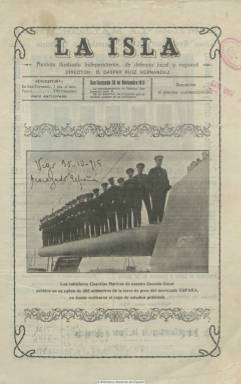
Título: Isla (San Fernando)
Colección: Revistas de información general
Ámbito geográfico: Cádiz
Lugar de publicación: San Fernando
Fechas: 30/11/1915-30/04/1917

El título corresponde a como es conocida coloquialmente esta población situada en la bahía de Cádiz, y que hasta 1813 se denominaba Isla de León, en cuyo Teatro Cómico se promulgó la primera Constitución española de 1812. Sus entregas son de doce páginas, incluidas cuatro de cubiertas, en donde inserta anuncios comerciales de la localidad.

La funda y dirige Gaspar Ruiz Hernández, colaborador de El diario de Cádiz y fundador de otros periódicos de San Fernando. Resaltan en sus páginas sus fotograbados: vistas y edificios de San Fernando y de algunas ciudades sudamericanas, así como retratos de jefes de la Marina española, a la que la localidad está estrechamente ligada por su Arsenal, Escuela Naval y otras dependencias militares, así como de autoridades civiles y eclesiásticas de la provincia gaditana. También inserta fotografías de navíos de la Armada y de los cuarteles de la localidad.

Es una revista “ilustrada independiente, de defensa local y regional”, tal como indica el subtítulo, que aparece el uno de septiembre de 1915, pero su característica es ser oficialista y laudatoria, tanto en lo político y militar como en lo eclesiástico. Además de una Crónica local, publica semblanzas encomiables de jefes militares y de políticos, eclesiásticos o escritores y otros personajes. Tiene secciones bajo los epígrafes Marinos ilustres o Glorias de nuestra marina militar. Otros artículos son de carácter literario o divulgativo, referentes un buen número de ellos a la Marina, junto a composiciones en verso y otros textos de variedades. Contó asimismo con un buen número de colaboradores.

La revista fue estampada en la Tipografía y Litografía La Gaditana, de la ciudad de Cádiz, y presumía de circular tanto por España como en Hispanoamérica. La colección de la Biblioteca Nacional de España es incompleta y contiene desde el número 11, de 30 de noviembre de 1917, al 55, de 30 de abril de 1917. Sánchez Vigil (2008) indica que se publica hasta 1931.